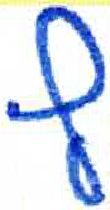
אות: ץ